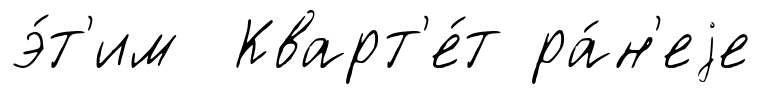
э́т'им Кварт'е́т ра́н'еjе